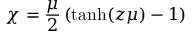
\chi = { \frac { \mu } { 2 } } \left( \mathrm { t a n h } ( z \mu ) - 1 \right)